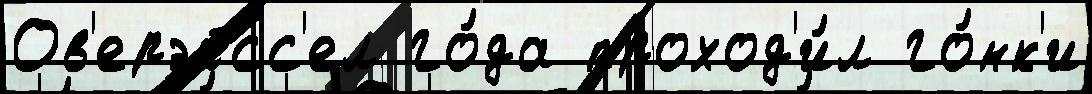
Ов'ерэйсс'ел го́да проход'и́л го́нк'и